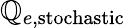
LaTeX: \mathbb{Q}_{e,\mathrm{{stochastic}}}